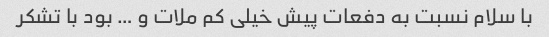
با سلام نسبت به دفعات پیش خیلی کم ملات و … بود با تشکر